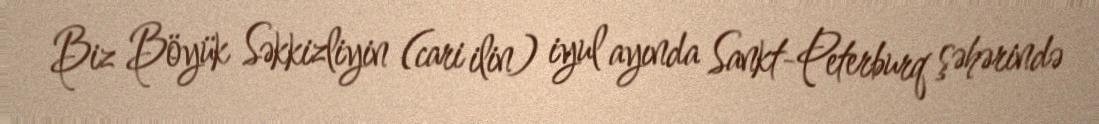
Biz Böyük Səkkizliyin (cari ilin) iyul ayında Sankt-Peterburq şəhərində